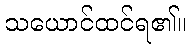
သယောင်ထင်ရ၏။